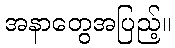
အနာတွေအပြည့်။